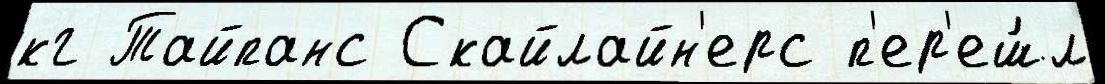
кг Тайпанс Скайлайн'ерс п'ер'еш́л